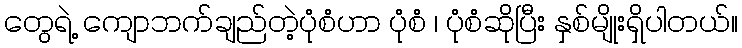
တွေရဲ့ ကျောဘက်ချည်တဲ့ပုံစံဟာ ပုံစံ ၊ ပုံစံဆိုပြီး နှစ်မျိုးရှိပါတယ်။